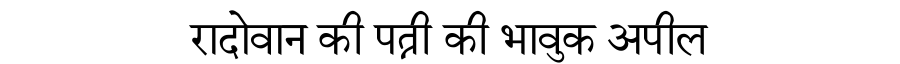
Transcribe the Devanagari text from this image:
रादोवान की पत्नी की भावुक अपील